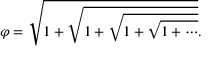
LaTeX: \varphi = { \sqrt { 1 + { \sqrt { 1 + { \sqrt { 1 + { \sqrt { 1 + \cdots } } } } } } } } .